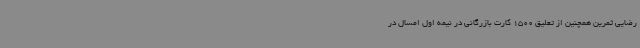
رضایی ثمرین همچنین از تعلیق 1500 کارت بازرگانی در نیمه اول امسال در